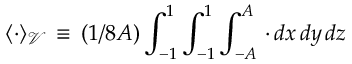
\langle \cdot \rangle _ { \mathcal { V } } \, \equiv \, ( 1 / 8 A ) \int _ { - 1 } ^ { 1 } \int _ { - 1 } ^ { 1 } \int _ { - A } ^ { A } \, \cdot \, d x \, d y \, d z